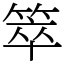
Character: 箤